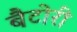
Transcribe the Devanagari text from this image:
बैटोरी